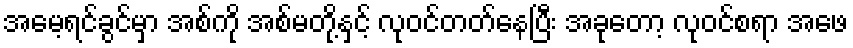
အမေ့ရင်ခွင်မှာ အစ်ကို အစ်မတို့နှင့် လုဝင်တတ်နေပြီး အခုတော့ လုဝင်စရာ အဖေ